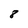
Character: 8